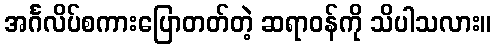
အင်္ဂလိပ်စကားပြောတတ်တဲ့ ဆရာဝန်ကို သိပါသလား။